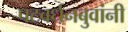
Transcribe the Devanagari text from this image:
पटवर्धनबुवांनी